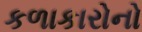
કળાકારોનો